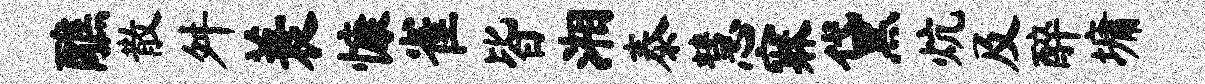
醮散舛蓑慷雀皆湘泰慧寐黛炕及醉墉